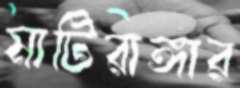
মাটিরাঙ্গার